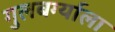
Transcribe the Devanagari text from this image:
गुलबर्ग्याला